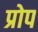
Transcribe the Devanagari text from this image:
प्रोप